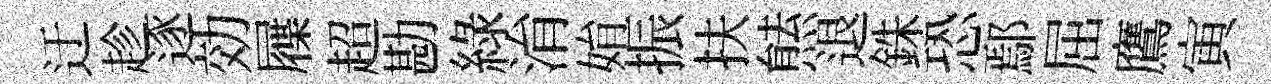
迂趁逐効屧超勘綠㳙姢振扶㷱退銖恐鄢屈鷹寅